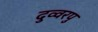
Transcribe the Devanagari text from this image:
दुव्वरपु